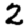
Digit: 2